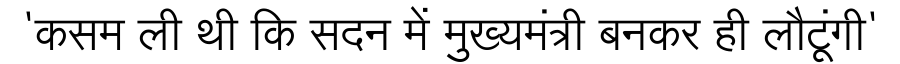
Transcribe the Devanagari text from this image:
'कसम ली थी कि सदन में मुख्यमंत्री बनकर ही लौटूंगी'